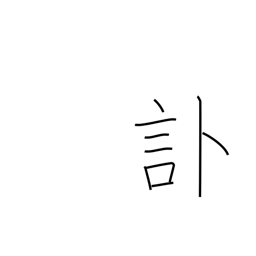
Meaning: obituary